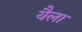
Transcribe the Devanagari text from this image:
यैला